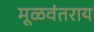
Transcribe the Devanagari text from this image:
मूळवंतराय